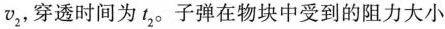
v_{2}，穿透时间为t_{2}。子弹在物块中受到的阻力大小